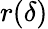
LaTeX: r(\delta)